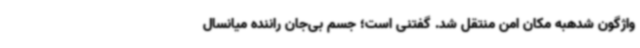
واژگون شدهبه مکان امن منتقل شد. گفتنی است؛ جسم بی‌جان راننده میانسال